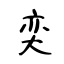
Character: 奕